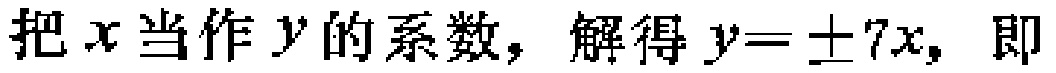
把\(x\)当作\(y\)的系数，解得\(y = \pm 7x\)，即